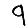
Digit: 9